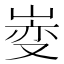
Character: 𫶄